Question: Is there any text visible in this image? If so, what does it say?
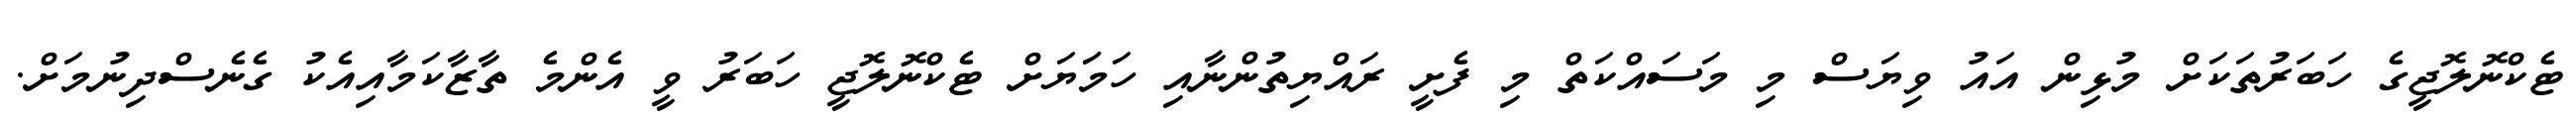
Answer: ޓެކްނޮލޮޖީގެ ހަބަރުތަކަށް މުޅިން އައު ވިޔަސް މި މަސައްކަތް މި ފެށީ ރައްޔިތުންނާއި ހަމަަޔަށް ޓެކްނޮލޮޖީ ހަބަރު ވީ އެންމެ ތާޒާކަމާއިއެކު ގެނެސްދިނުމަށް.